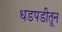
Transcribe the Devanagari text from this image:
धडपडीतून